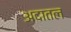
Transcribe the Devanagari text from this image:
अदातल